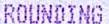
ROUNDING